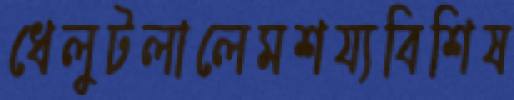
ধেলুটলালেমশয্যবিশিষ